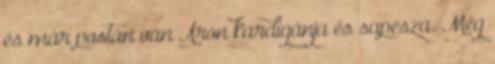
és már postán van Áron kardigánja és sapesza. Még